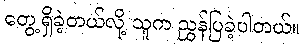
တွေ့ရှိခဲ့တယ်လို့ သူက ညွှန်ပြခဲ့ပါတယ်။